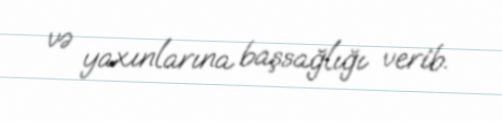
və yaxınlarına başsağlığı verib.